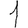
Digit: 1